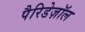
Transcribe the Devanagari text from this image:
पैरिडेज़ॉल